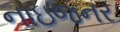
નાઇજનર